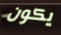
يكون